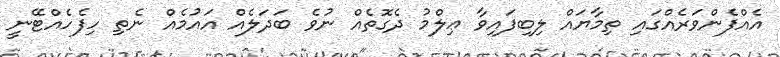
އެއްފެންވަރެއްގައި ތިމާޔައް ލިބިފައިވާ ޢިލްމު ދެގޮތެއް ނުވެ ބަދަލެއް އައުމެއް ނެތި ހިފެހެއްޓޭނީ